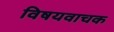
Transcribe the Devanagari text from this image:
विषयवाचक